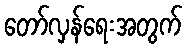
တော်လှန်ရေးအတွက်